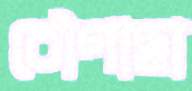
চৌগাছা